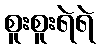
စူးစူးရဲရဲ